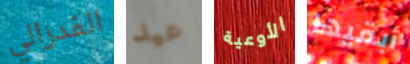
الفدرالي عيد الأوعية أبقيها